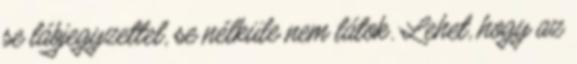
se lábjegyzettel, se nélküle nem látok. Lehet, hogy az